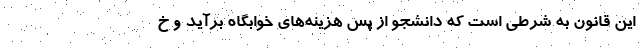
این قانون به شرطی است که دانشجو از پس هزینه‌های خوابگاه برآید و خ